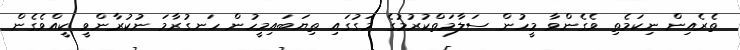
ތެރެއިން ނިކަމެތި ވެގެންވާ މީހުން ސަލާމަތްކުރުމުގެ މަގުގައި ތިޔަބައިމީހުން ހަނގުރާމަ ނުކުރާންވީ ކީއްވެގެން